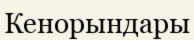
Кенорындары